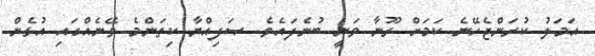
އަމަލު ކުރަންޖެހޭނެ ކަމަށް ރޫނާ ވަނީ ބުނެފައެވެ. ޞަފިއްޔާ ކިތަންމެ ވޭނެއްގައި އުޅެން